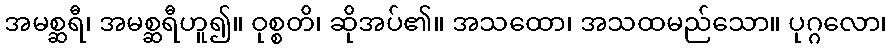
အမစ္ဆရီ၊ အမစ္ဆရီဟူ၍။ ဝုစ္စတိ၊ ဆိုအပ်၏။ အသထော၊ အသထမည်သော။ ပုဂ္ဂလော၊